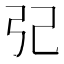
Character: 𢀶